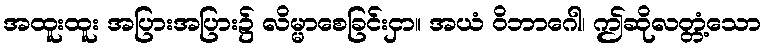
အထူးထူး အပြားအပြား၌ လိမ္မာစေခြင်းငှာ။ အယံ ဝိဘာဂေါ၊ ဤဆိုလတ္တံ့သော